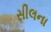
સીલના